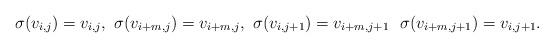
LaTeX: \begin{align*}\sigma(v_{i,j})=v_{i,j},~\sigma(v_{i+m,j})=v_{i+m,j},~\sigma(v_{i,j+1})=v_{i+m,j+1}~~\sigma(v_{i+m,j+1})=v_{i,j+1}.\end{align*}